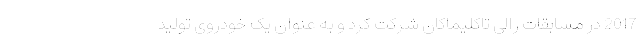
2017 در مسابقات رالی تاکلیماکان شرکت کرد و به عنوان یک خودروی تولید